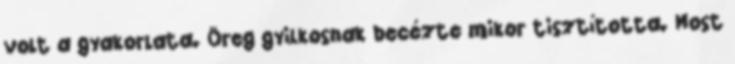
volt a gyakorlata. Öreg gyilkosnak becézte mikor tisztította. Most